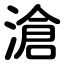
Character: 滄